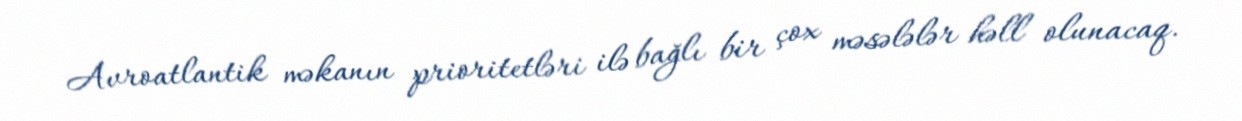
Avroatlantik məkanın prioritetləri ilə bağlı bir çox məsələlər həll olunacaq.